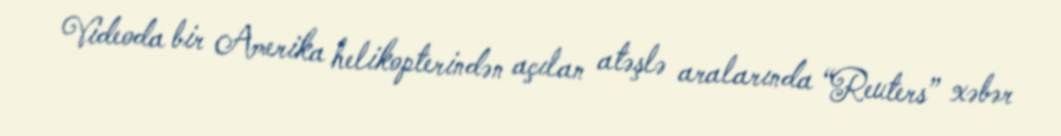
Videoda bir Amerika helikopterindən açılan atəşlə aralarında “Reuters” xəbər